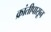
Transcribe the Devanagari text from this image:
क्रांतीपासून